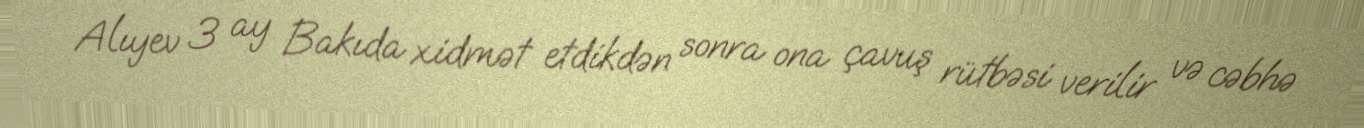
Alıyev 3 ay Bakıda xidmət etdikdən sonra ona çavuş rütbəsi verilir və cəbhə